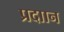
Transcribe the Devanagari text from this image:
प्रदाान